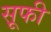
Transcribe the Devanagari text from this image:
स़ूफी